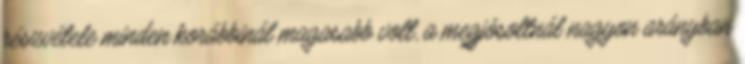
részvétele minden korábbinál magasabb volt, a megjósoltnál nagyon arányban